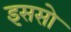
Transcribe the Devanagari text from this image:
इससो